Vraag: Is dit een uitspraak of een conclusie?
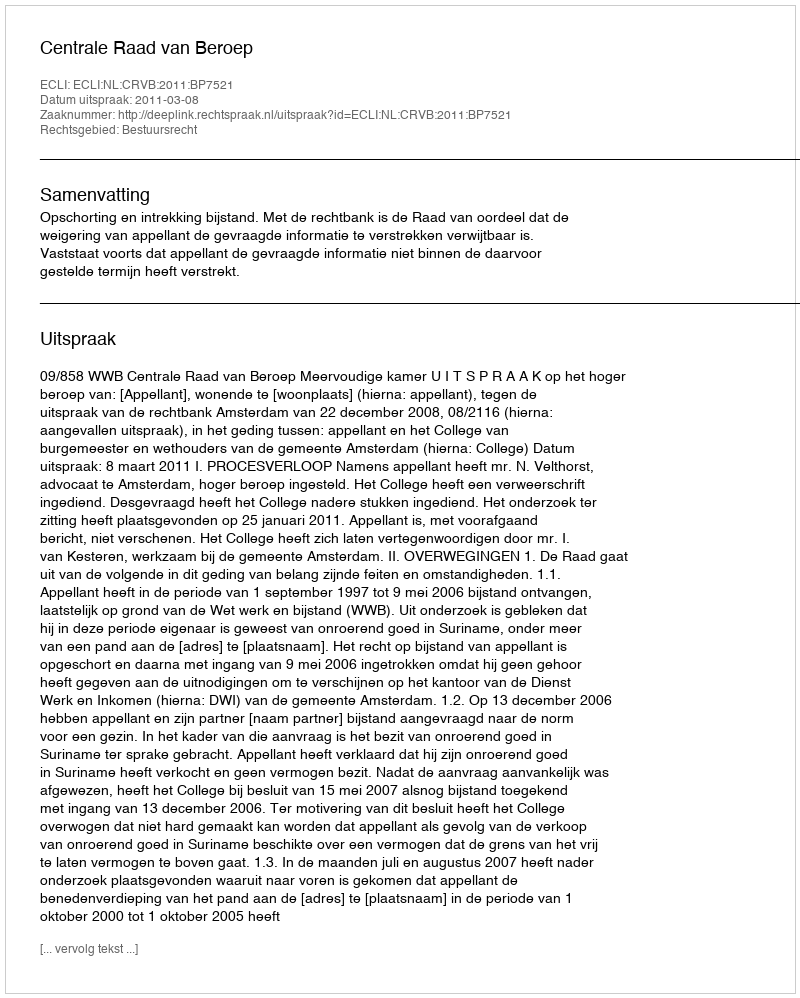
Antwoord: Uitspraak